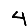
Digit: 4